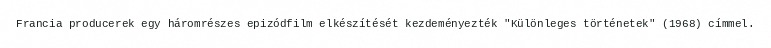
Francia producerek egy háromrészes epizódfilm elkészítését kezdeményezték "Különleges történetek" (1968) címmel.